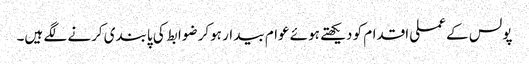
پولس کے عملی اقدام کو دیکھتے ہوئے عوام بیدار ہوکر ضوابط کی پابندی کرنے لگے ہیں۔